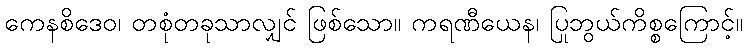
ကေနစိဒေဝ၊ တစုံတခုသာလျှင် ဖြစ်သော။ ကရဏီယေန၊ ပြုဘွယ်ကိစ္စကြောင့်။